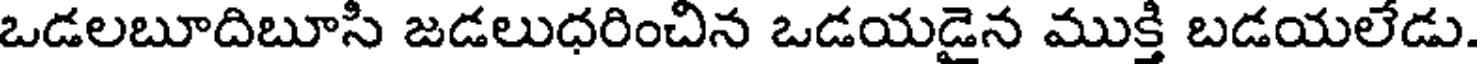
ఒడలబూదిబూసి జడలుధరించిన ఒడయడైన ముక్తి బడయలేడు.